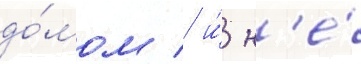
до́мом / и́ н'е́